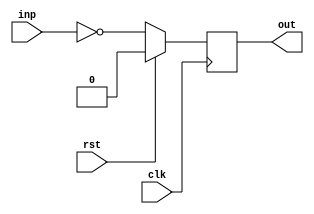
module attrib01_bar(clk, rst, inp, out);
  input  wire clk;
  input  wire rst;
  input  wire inp;
  output reg  out;

  always @(posedge clk)
    if (rst) out <= 1'd0;
    else     out <= ~inp;

endmodule

module attrib01_foo(clk, rst, inp, out);
  input  wire clk;
  input  wire rst;
  input  wire inp;
  output wire out;

  attrib01_bar bar_instance (clk, rst, inp, out);
endmodule